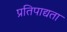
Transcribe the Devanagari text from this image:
प्रतिपाद्यता